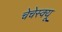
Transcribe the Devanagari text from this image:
चेचेस्क्यू